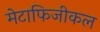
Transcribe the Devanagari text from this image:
मेटाफिजीकल